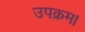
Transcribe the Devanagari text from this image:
उपक्रम।